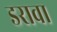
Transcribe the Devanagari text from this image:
डरावा